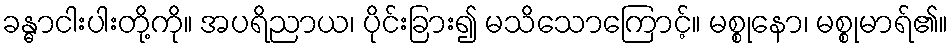
ခန္ဓာငါးပါးတို့ကို။ အပရိညာယ၊ ပိုင်းခြား၍ မသိသောကြောင့်။ မစ္စုနော၊ မစ္စုမာရ်၏။